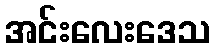
အင်းလေးဒေသ